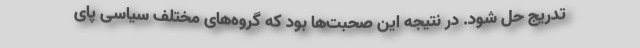
تدریج حل شود. در نتیجه این صحبت‌ها بود که گروه‌های مختلف سیاسی پای